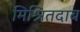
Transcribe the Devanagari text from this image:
मिश्रितदाब